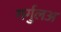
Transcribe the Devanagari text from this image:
गर्गुलअ